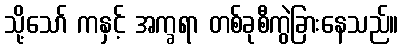
သို့သော် ကနှင့် အက္ခရာ တစ်ခုစီကွဲခြားနေသည်။